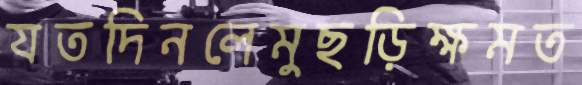
যতদিনলেমুছড়িক্ষমত